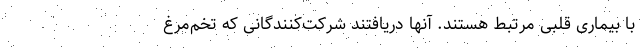
با بیماری قلبی مرتبط هستند. آنها دریافتند شرکت‌کنندگانی که تخم‌مرغ